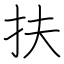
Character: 扶